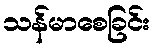
သန်မာစေခြင်း